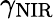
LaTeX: \gamma_{\mathrm{NIR}}